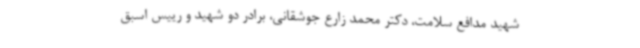
شهید مدافع سلامت، دکتر محمد زارع جوشقانی، برادر دو شهید و رییس اسبق